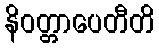
နိဝတ္တာပေတီတိ